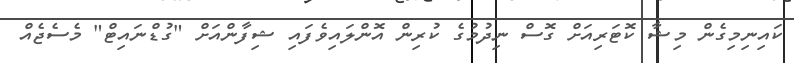
ކައިނިމިގެން މިޝާ ކޮޓަރިއަށް ގޮސް ނިދުމުގެ ކުރިން އޮންލައިވެފައި ޝިފާންއަށް "ގުޑްނައިޓް" މެސެޖެއް